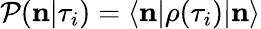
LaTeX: \mathcal{P}(\textbf{{n}}|\tau_{i})=\langle\textbf{{n}}|\rho(\tau_{i})|\textbf{{n}}\rangle